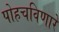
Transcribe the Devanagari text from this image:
पोहचविणारे